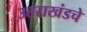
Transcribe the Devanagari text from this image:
उत्तराखंडचे